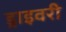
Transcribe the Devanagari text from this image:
ड्राइवरी